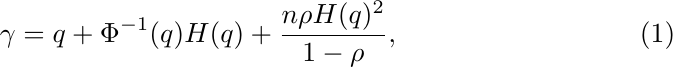
\begin{equation}
\gamma = q + \Phi^{-1}(q)H(q) + \frac{n \rho H(q)^2}{1-\rho},
\end{equation}